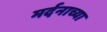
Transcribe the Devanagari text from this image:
मर्दनाच्या